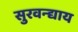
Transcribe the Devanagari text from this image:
सुरवन्द्याय